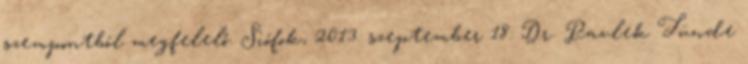
szempontból megfelelő. Siófok, 2013. szeptember 18. Dr. Pavlek Tünde